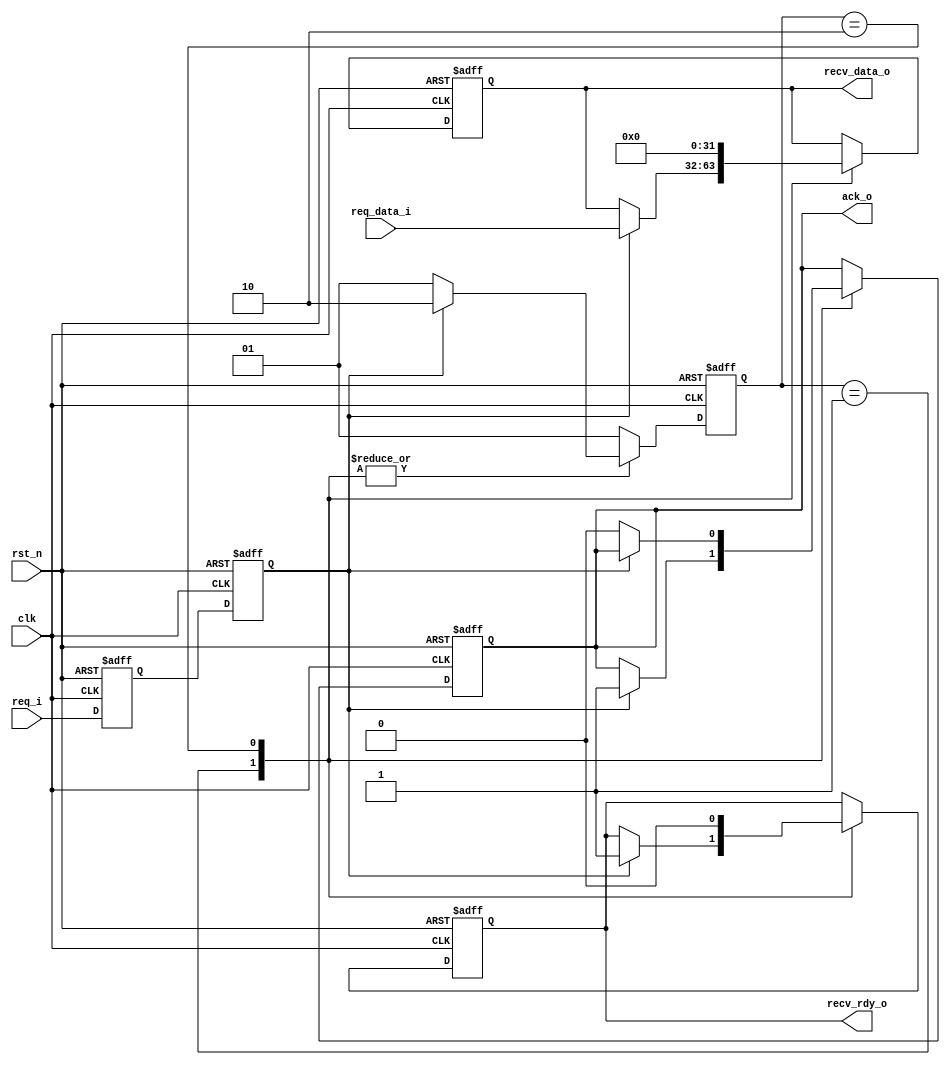
 /*                                                                      
 Copyright 2020 Blue Liang, liangkangnan@163.com
                                                                         
 Licensed under the Apache License, Version 2.0 (the "License");         
 you may not use this file except in compliance with the License.        
 You may obtain a copy of the License at                                 
                                                                         
     http://www.apache.org/licenses/LICENSE-2.0                          
                                                                         
 Unless required by applicable law or agreed to in writing, software    
 distributed under the License is distributed on an "AS IS" BASIS,       
 WITHOUT WARRANTIES OR CONDITIONS OF ANY KIND, either express or implied.
 See the License for the specific language governing permissions and     
 limitations under the License.                                          
 */

// 
// ()
// req = 1
// ack_o = 1
// req = 0
// ack_o = 0
module full_handshake_rx #(
    parameter DW = 32)(             // RX

    input wire clk,                 // RX
    input wire rst_n,               // RX

    // from tx
    input wire req_i,               // TX
    input wire[DW-1:0] req_data_i,  // TX

    // to tx
    output wire ack_o,              // RXTX

    // to rx
    output wire[DW-1:0] recv_data_o,// RX
    output wire recv_rdy_o          // RX

    );

    localparam STATE_IDLE     = 2'b01;
    localparam STATE_DEASSERT = 2'b10;

    reg[1:0] state;
    reg[1:0] state_next;
    reg req_d;
    reg req;

    always @ (posedge clk or negedge rst_n) begin
        if (!rst_n) begin
            state <= STATE_IDLE;
        end else begin
            state <= state_next;
        end
    end

    always @ (*) begin
        case (state)
            // TXreq=1
            STATE_IDLE: begin
                if (req == 1'b1) begin
                    state_next = STATE_DEASSERT;
                end else begin
                    state_next = STATE_IDLE;
                end
            end
            // req=0
            STATE_DEASSERT: begin
                if (req) begin
                    state_next = STATE_DEASSERT;
                end else begin
                    state_next = STATE_IDLE;
                end
            end
            default: begin
                state_next = STATE_IDLE;
            end
        endcase
    end

    

    // 
    always @ (posedge clk or negedge rst_n) begin
        if (!rst_n) begin
            req_d <= 1'b0;
            req <= 1'b0;
        end else begin
            req_d <= req_i;
            req <= req_d;
        end
    end

    reg[DW-1:0] recv_data;
    reg recv_rdy;
    reg ack;

    always @ (posedge clk or negedge rst_n) begin
        if (!rst_n) begin
            ack <= 1'b0;
            recv_rdy <= 1'b0;
            recv_data <= {(DW){1'b0}};
        end else begin
            case (state)
                STATE_IDLE: begin
                    if (req == 1'b1) begin
                        ack <= 1'b1;
                        recv_rdy <= 1'b1;           // 
                        recv_data <= req_data_i;    // 
                    end
                end
                STATE_DEASSERT: begin
                    recv_rdy <= 1'b0;
                    recv_data <= {(DW){1'b0}};
                    // reqack
                    if (req == 1'b0) begin
                        ack <= 1'b0;
                    end
                end
            endcase
        end
    end

    assign ack_o = ack;
    assign recv_rdy_o = recv_rdy;
    assign recv_data_o = recv_data;

endmodule